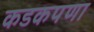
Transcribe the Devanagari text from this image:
कडकपणा